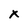
Character: x